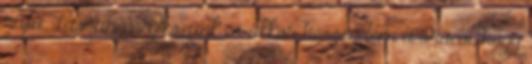
rajta. Lassan megleszünk és akkor hessegetem a srácot, hogy